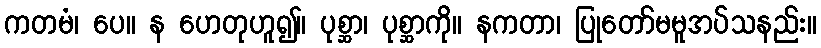
ကတမံ၊ ပေ။ န ဟေတုဟူ၍။ ပုစ္ဆာ၊ ပုစ္ဆာကို။ နကတာ၊ ပြုတော်မမူအပ်သနည်း။